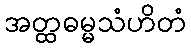
အတ္ထဓမ္မသံဟိတံ